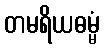
တမရိယဓမ္မံ